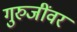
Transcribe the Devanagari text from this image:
गुरुजींवर